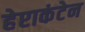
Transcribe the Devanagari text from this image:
हेप्टाकंटेन